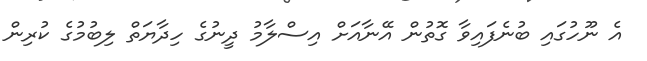
އެ ނޫހުގައި ބުނެފައިވާ ގޮތުން އޭނާއަށް އިސްލާމު ދީނުގެ ހިދާޔަތް ލިބުމުގެ ކުރިން